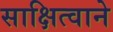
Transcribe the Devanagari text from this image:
साक्षित्वाने